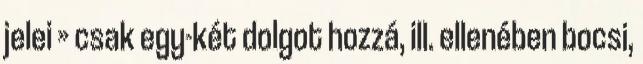
jelei » csak egy-két dolgot hozzá, ill. ellenében bocsi,